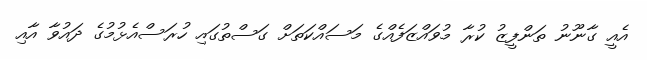
އެއީ ގާނޫނު ތަންފީޒު ކުރާ މުވައްޒަފެއްގެ މަސައްކަތަށް ގަސްތުގައި ހުރަސްއެޅުމުގެ ދައުވާ އާއި